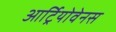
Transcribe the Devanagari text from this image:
आर्ट्रियोवेनस